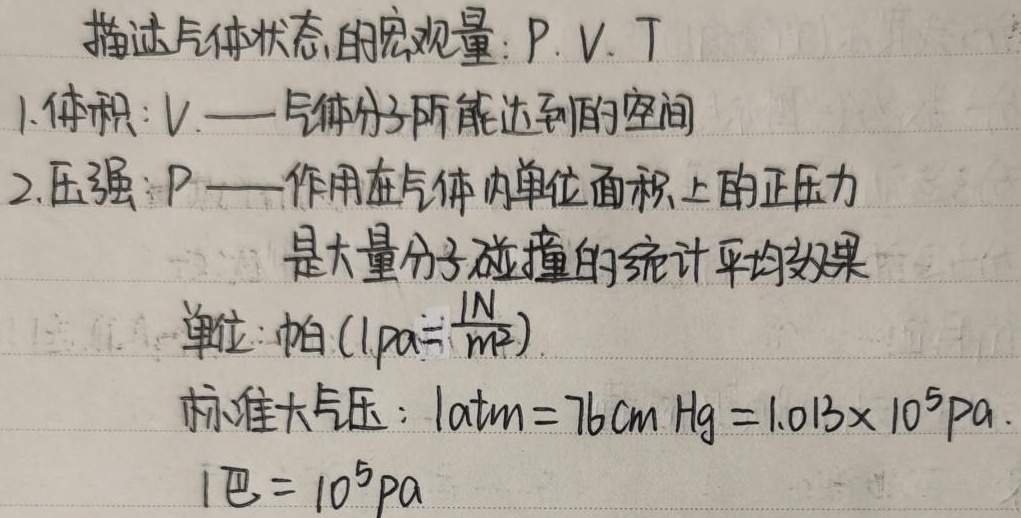
描述气体状态的宏观量：$P$、$V$、$T$
1. 体积：$V$ —— 气体分子所能达到的空间
2. 压强：$P$ —— 作用在气体内单位面积上的正压力，是大量分子碰撞的统计平均效果
   单位：帕（$1Pa = \frac{1N}{m^{2}}$）
   标准大气压：$1atm = 76cmHg = 1.013×10^{5}Pa$
   $1巴 = 10^{5}Pa$